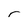
Character: r